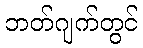
ဘတ်ဂျက်တွင်